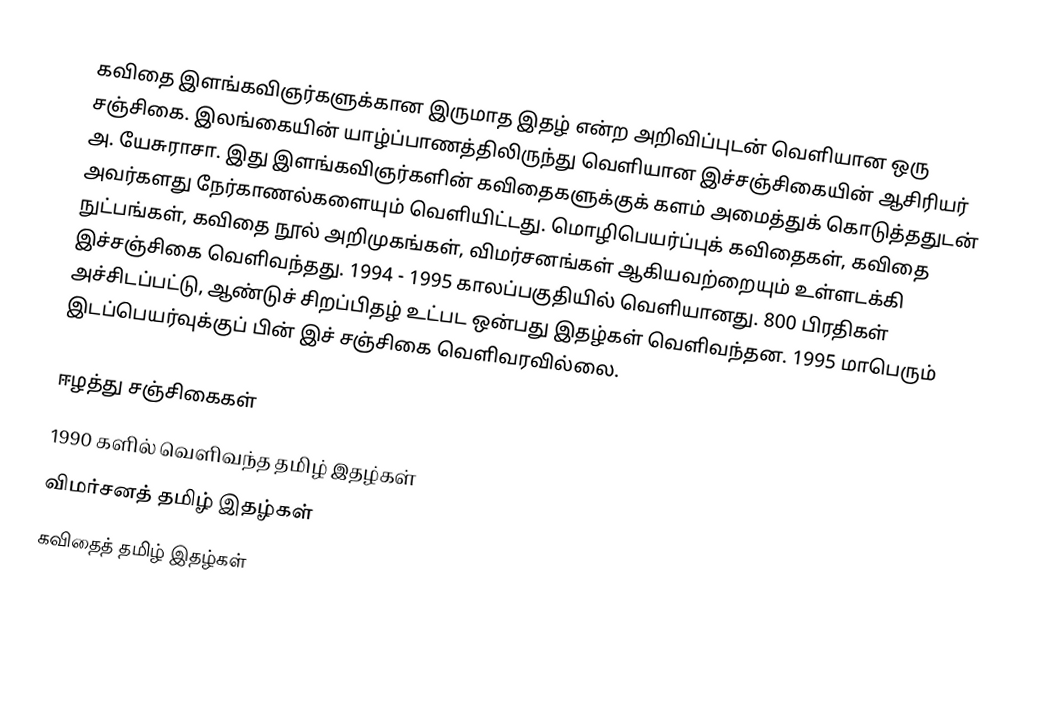
கவிதை இளங்கவிஞர்களுக்கான இருமாத இதழ் என்ற அறிவிப்புடன் வெளியான ஒரு சஞ்சிகை. இலங்கையின் யாழ்ப்பாணத்திலிருந்து வெளியான இச்சஞ்சிகையின் ஆசிரியர் அ. யேசுராசா. இது இளங்கவிஞர்களின் கவிதைகளுக்குக் களம் அமைத்துக் கொடுத்ததுடன் அவர்களது நேர்காணல்களையும் வெளியிட்டது. மொழிபெயர்ப்புக் கவிதைகள், கவிதை நுட்பங்கள், கவிதை நூல் அறிமுகங்கள், விமர்சனங்கள் ஆகியவற்றையும் உள்ளடக்கி இச்சஞ்சிகை வெளிவந்தது. 1994 - 1995 காலப்பகுதியில் வெளியானது. 800 பிரதிகள் அச்சிடப்பட்டு, ஆண்டுச் சிறப்பிதழ் உட்பட ஒன்பது இதழ்கள் வெளிவந்தன. 1995 மாபெரும் இடப்பெயர்வுக்குப் பின் இச் சஞ்சிகை வெளிவரவில்லை.

ஈழத்து சஞ்சிகைகள்
1990 களில் வெளிவந்த தமிழ் இதழ்கள்
விமர்சனத் தமிழ் இதழ்கள்
கவிதைத் தமிழ் இதழ்கள்